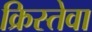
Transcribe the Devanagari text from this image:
क्रिस्तेवा